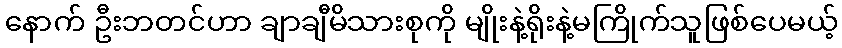
နောက် ဦးဘတင်ဟာ ချာချီမိသားစုကို မျိုးနဲ့ရိုးနဲ့မကြိုက်သူဖြစ်ပေမယ့်